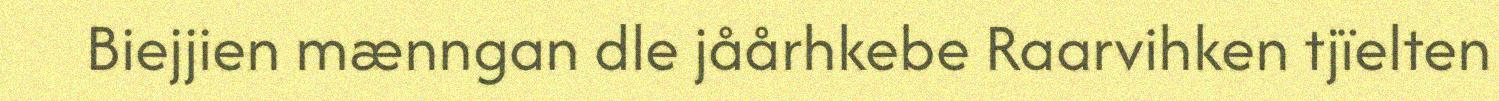
Biejjien mænngan dle jåårhkebe Raarvihken tjïelten